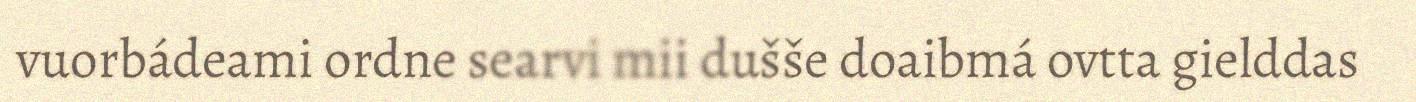
vuorbádeami ordne searvi mii dušše doaibmá ovtta gielddas